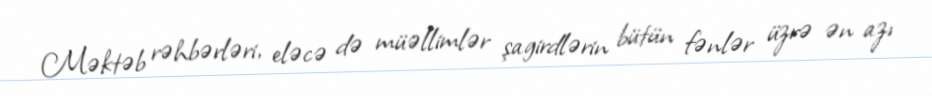
Məktəb rəhbərləri, eləcə də müəllimlər şagirdlərin bütün fənlər üzrə ən azı